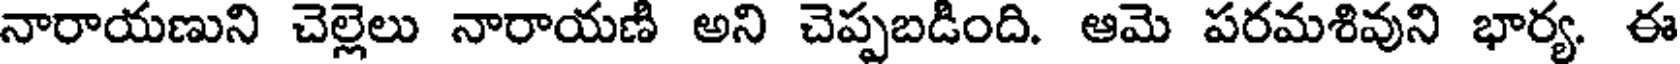
నారాయణుని చెల్లెలు నారాయణి అని చెప్పబడింది. ఆమె పరమశివుని భార్య. ఈ